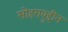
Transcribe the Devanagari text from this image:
सोहराबुद्दीन